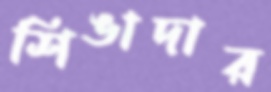
শিঙাদার